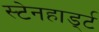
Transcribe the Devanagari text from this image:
स्टेनहार्ड्ट